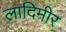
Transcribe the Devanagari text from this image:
लादिमीर